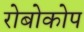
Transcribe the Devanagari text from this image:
रोबोकोप